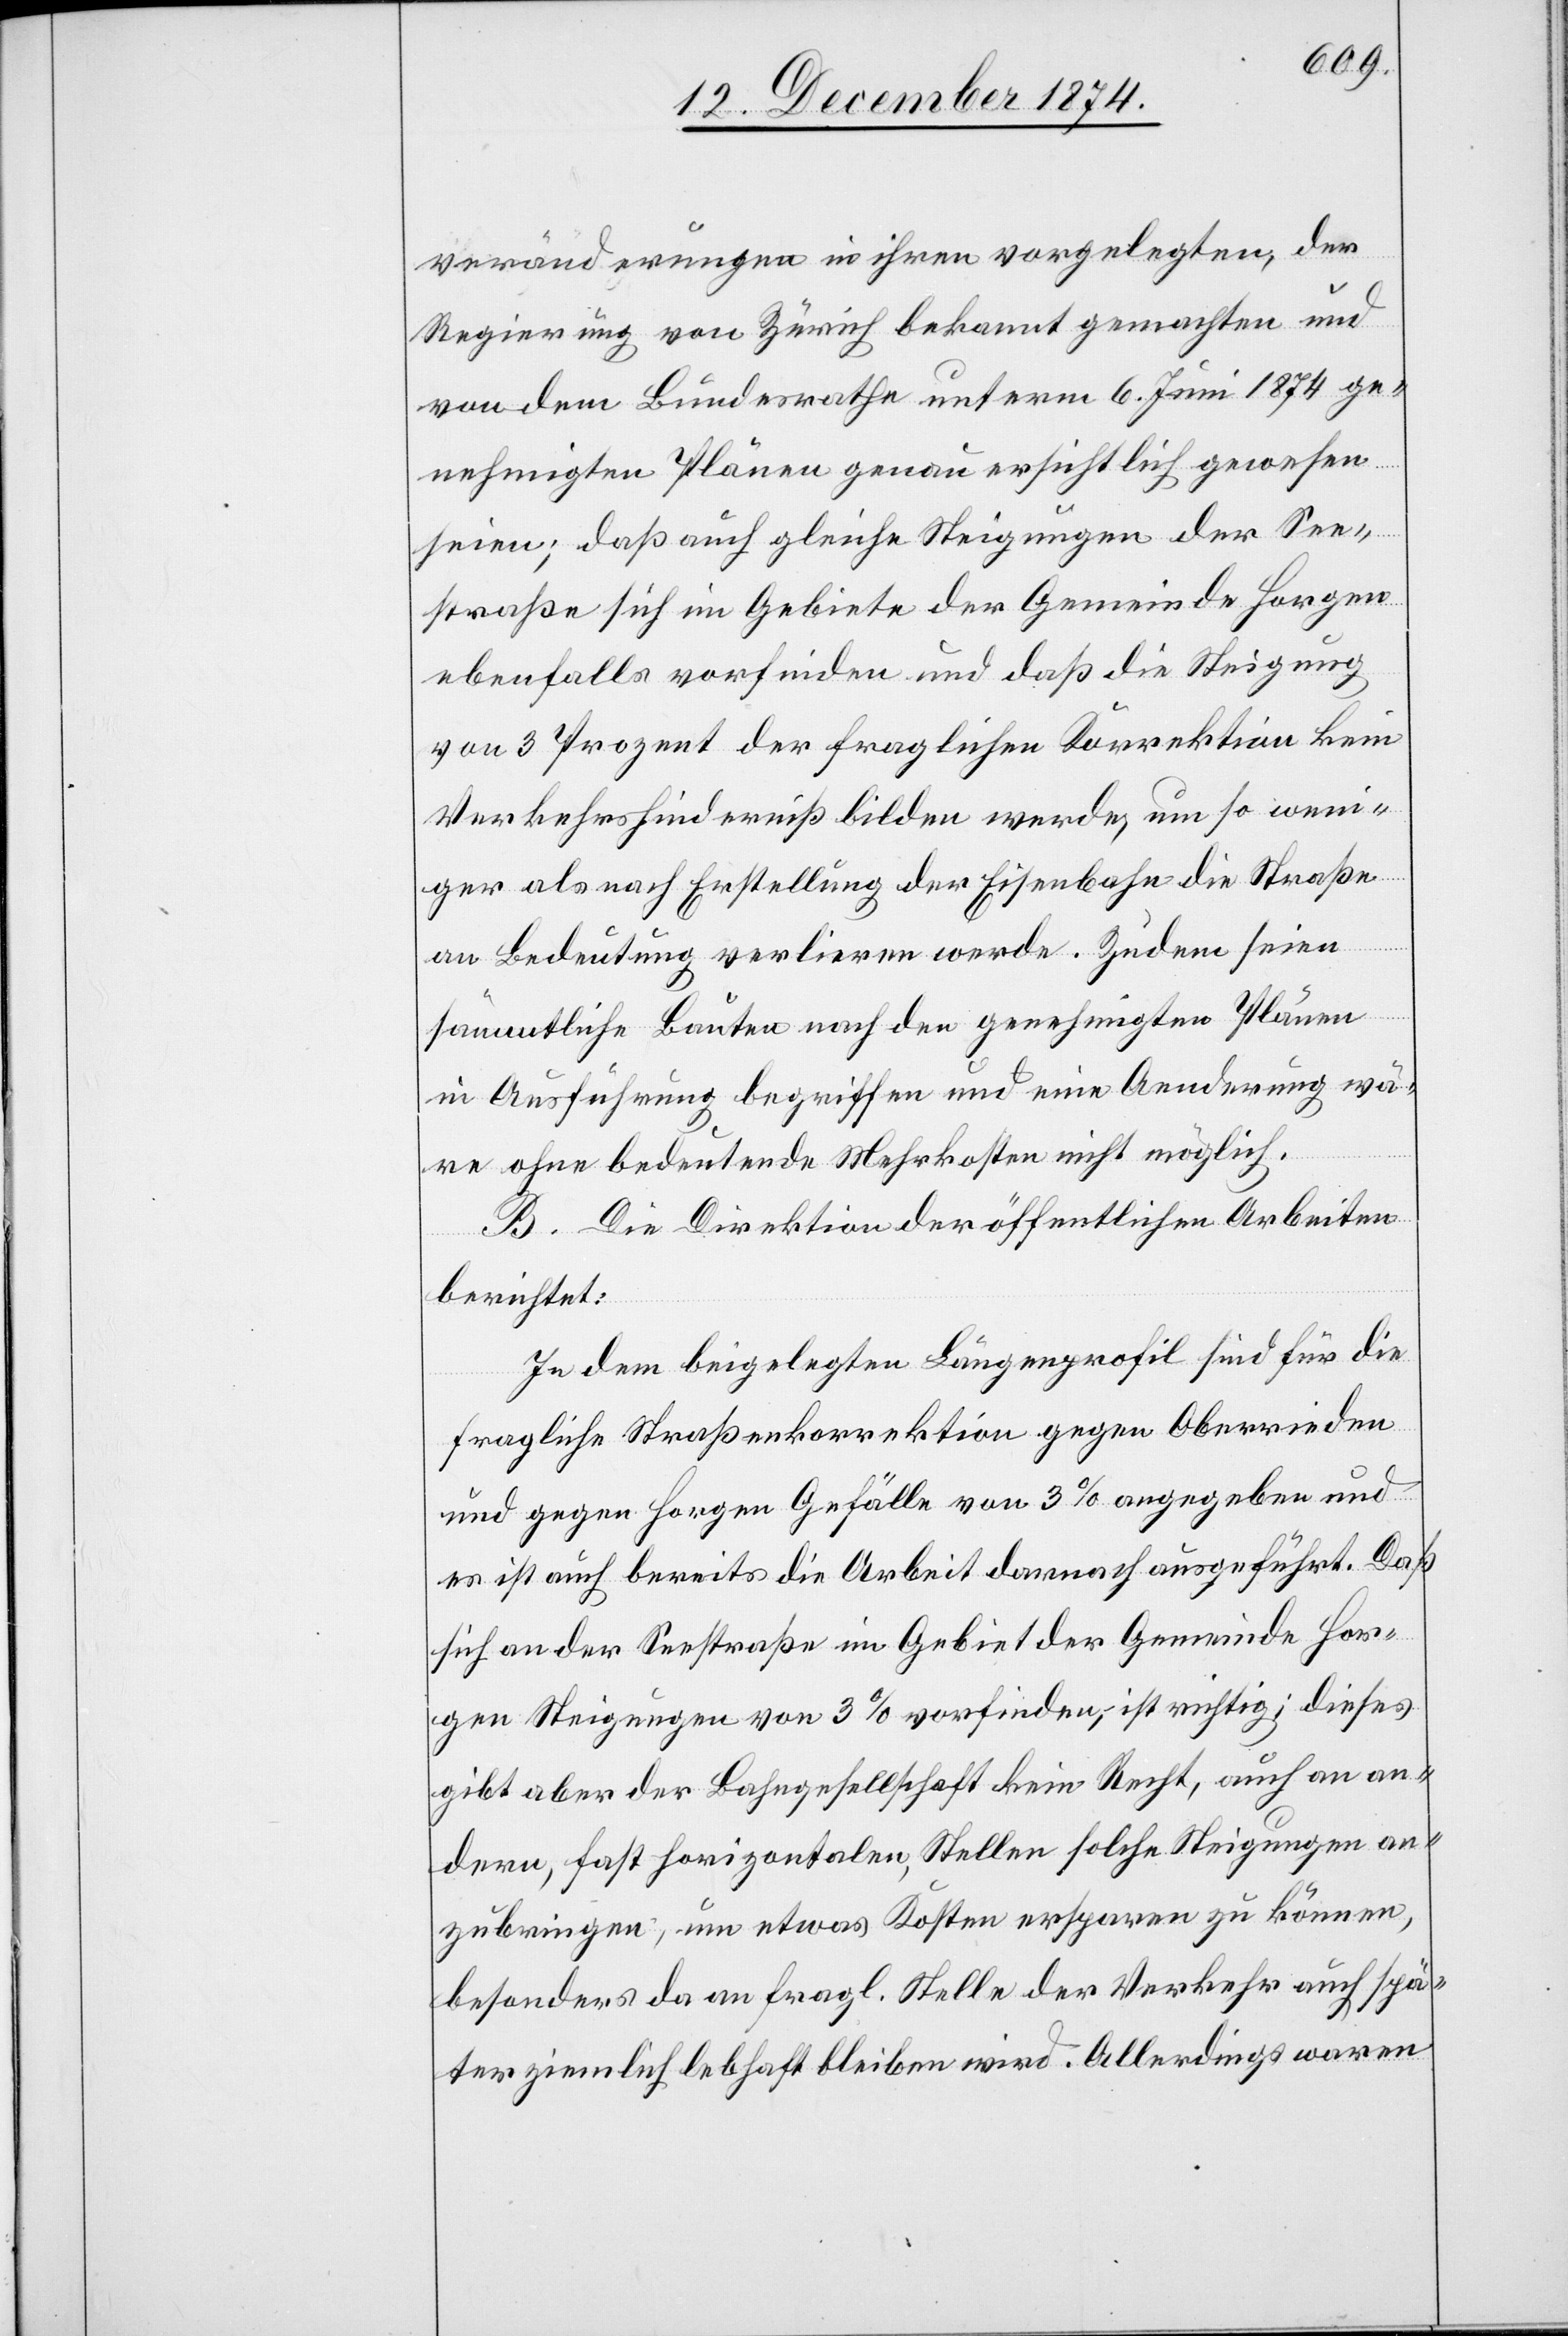
veränderungen in ihren vorgelegten, der
Regierung von Zürich bekannt gemachten und
von dem Bundesrathe unterm 6. Juni 1874 ge¬
nehmigten Plänen genau ersichtlich gewesen
seien; daß auch gleiche Steigungen der See¬
straße sich im Gebiete der Gemeinde Horgen
ebenfalls vorfinden und daß die Steigung
von 3 Prozent der fraglichen Korrektion kein
Verkehrshinderniß bilden werde, um so weni¬
ger als nach Erstellung der Eisenbahn die Straße
an Bedeutung verlieren werde. Zudem seien
sämmtliche Bauten nach den genehmigten Plänen
in Ausführung begriffen und eine Aenderung wä¬
re ohne bedeutende Mehrkosten nicht möglich.
B. Die Direktion der öffentlichen Arbeiten
berichtet:
In dem beigelegten Längenprofil sind für die
fragliche Straßenkorrektion gegen Oberrieden
und gegen Horgen Gefälle von 3% angegeben und
es ist auch bereits die Arbeit darnach ausgeführt. Daß
sich an der Seestraße im Gebiet der Gemeinde Hor¬
gen Steigungen von 3% vorfinden, ist richtig; dieses
gibt aber der Bahngesellschaft kein Recht, auch an an¬
dern, fast horizontalen Stellen solche Steigungen an¬
zubringen, um etwas Kosten ersparen zu können,
besonders da an fragl. Stelle der Verkehr auch spä¬
ter ziemlich lebhaft bleiben wird. Allerdings waren